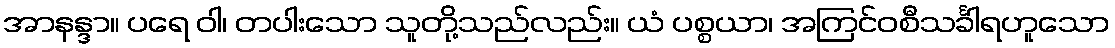
အာနန္ဒာ။ ပရေ ဝါ၊ တပါးသော သူတို့သည်လည်း။ ယံ ပစ္စယာ၊ အကြင်ဝစီသင်္ခါရဟူသော